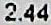
2.44